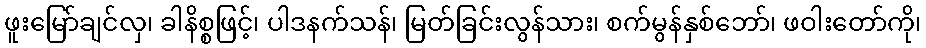
ဖူးမြော်ချင်လှ၊ ခါနိစ္စဖြင့်၊ ပါဒနက်သန်၊ မြတ်ခြင်းလွန်သား၊ စက်မွန်နှစ်ဘော်၊ ဖဝါးတော်ကို၊